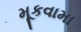
મૂકવામા